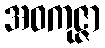
အဝကုဇ္ဇာ